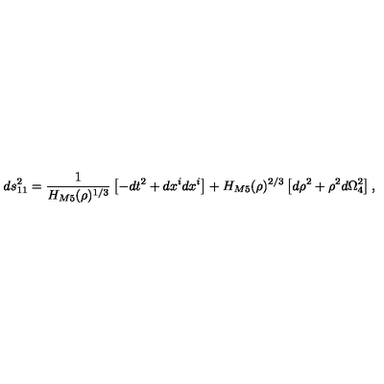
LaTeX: d s _ { 1 1 } ^ { 2 } = \frac { 1 } { H _ { M 5 } ( \rho ) ^ { 1 / 3 } } \left[ - d t ^ { 2 } + d x ^ { i } d x ^ { i } \right] + H _ { M 5 } ( \rho ) ^ { 2 / 3 } \left[ d \rho ^ { 2 } + \rho ^ { 2 } d \Omega _ { 4 } ^ { 2 } \right] ,